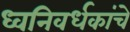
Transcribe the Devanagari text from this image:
ध्वनिवर्धकांचे